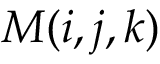
M ( i , j , k )